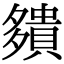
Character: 㚍